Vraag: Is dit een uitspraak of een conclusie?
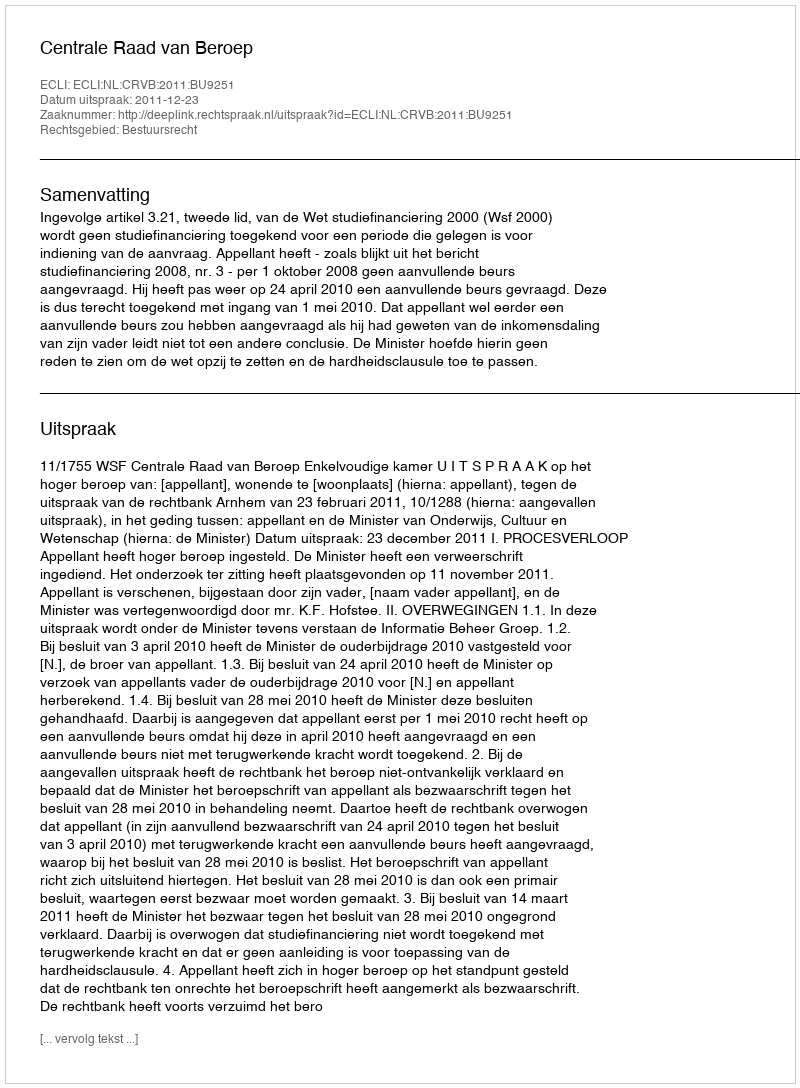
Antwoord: Uitspraak